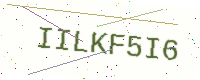
Text: IILKF5I6